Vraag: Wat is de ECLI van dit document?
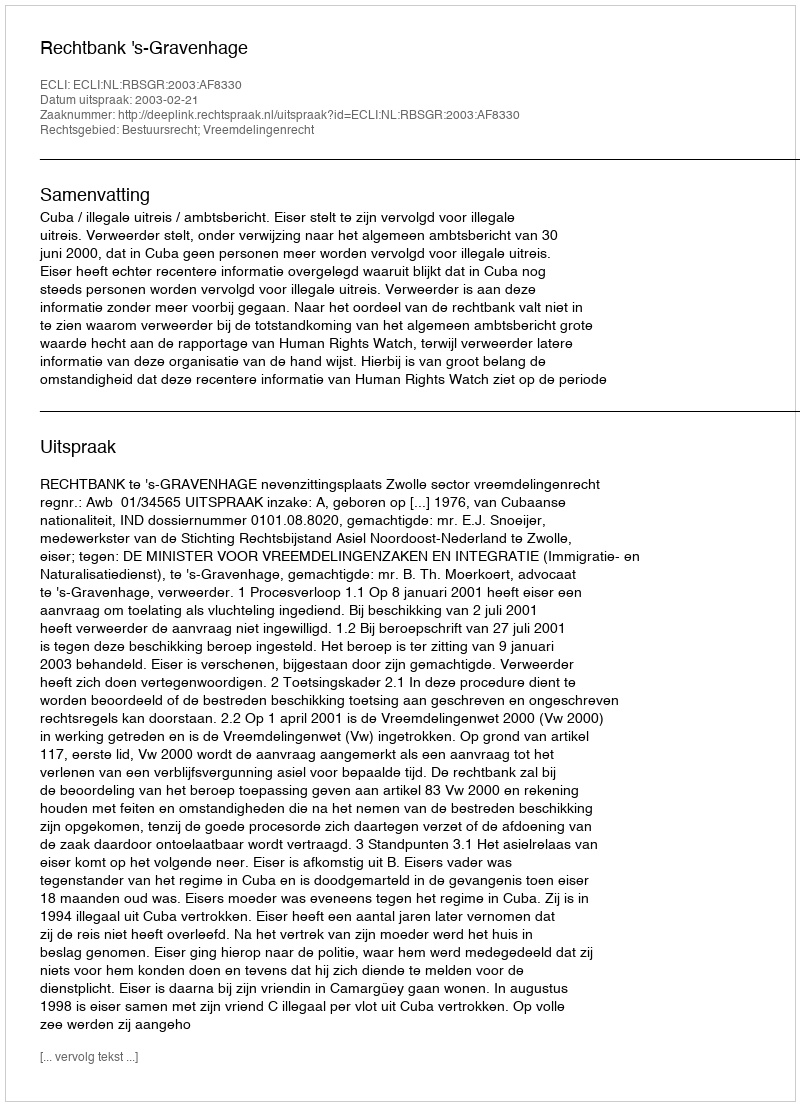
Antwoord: ECLI:NL:RBSGR:2003:AF8330